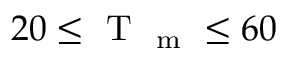
2 0 \leq \mathrm { ~ T ~ } _ { \mathrm { ~ m ~ } } \leq 6 0